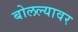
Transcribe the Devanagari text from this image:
बोलल्यावर